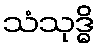
သံသုဒ္ဓိ